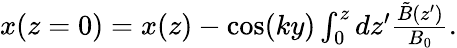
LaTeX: \begin{array}{r}{x(z=0)=x(z)-\cos(ky)\int_{0}^{z}dz^{\prime}\frac{\tilde{B}(z^{\prime})}{B_{0}}.}\end{array}